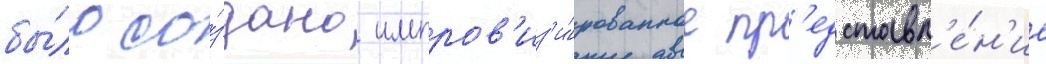
бы́ло со́здано импров'из'и́рованное пр'едставл'е́н'ие